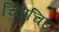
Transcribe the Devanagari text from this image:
चिडचिड